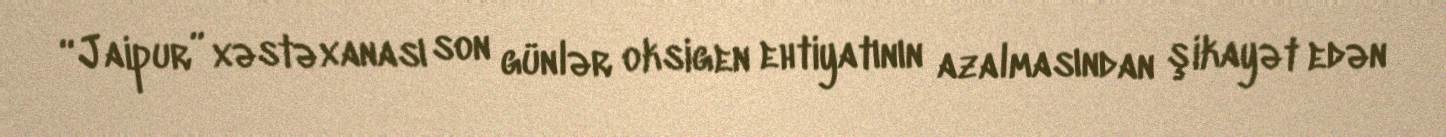
“Jaipur” xəstəxanası son günlər oksigen ehtiyatının azalmasından şikayət edən